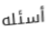
أسئله